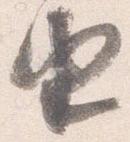
由